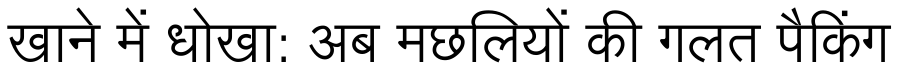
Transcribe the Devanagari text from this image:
खाने में धोखा: अब मछलियों की गलत पैकिंग